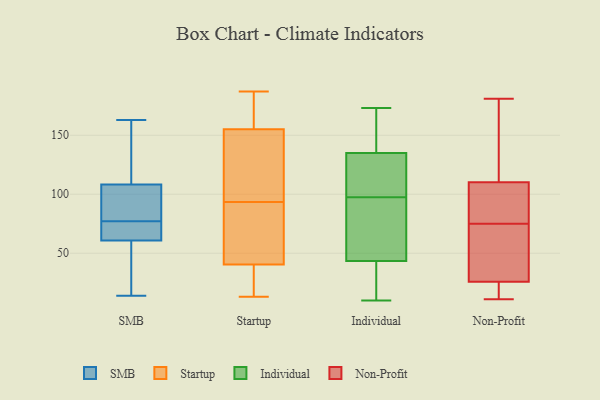
{"axis": {"x": "Inventory Turnover", "y": "Value"}, "legend": ["Individual", "Non-Profit", "SMB", "Startup"], "data": [{"x": "", "y": 114, "type": "SMB"}, {"x": "", "y": 73, "type": "SMB"}, {"x": "", "y": 17, "type": "SMB"}, {"x": "", "y": 77, "type": "SMB"}, {"x": "", "y": 82, "type": "SMB"}, {"x": "", "y": 14, "type": "SMB"}, {"x": "", "y": 151, "type": "SMB"}, {"x": "", "y": 72, "type": "SMB"}, {"x": "", "y": 56, "type": "SMB"}, {"x": "", "y": 163, "type": "SMB"}, {"x": "", "y": 69, "type": "SMB"}, {"x": "", "y": 91, "type": "SMB"}, {"x": "", "y": 161, "type": "SMB"}, {"x": "", "y": 80, "type": "SMB"}, {"x": "", "y": 58, "type": "SMB"}, {"x": "", "y": 107, "type": "Startup"}, {"x": "", "y": 187, "type": "Startup"}, {"x": "", "y": 78, "type": "Startup"}, {"x": "", "y": 31, "type": "Startup"}, {"x": "", "y": 156, "type": "Startup"}, {"x": "", "y": 154, "type": "Startup"}, {"x": "", "y": 67, "type": "Startup"}, {"x": "", "y": 134, "type": "Startup"}, {"x": "", "y": 150, "type": "Startup"}, {"x": "", "y": 81, "type": "Startup"}, {"x": "", "y": 92, "type": "Startup"}, {"x": "", "y": 22, "type": "Startup"}, {"x": "", "y": 95, "type": "Startup"}, {"x": "", "y": 50, "type": "Startup"}, {"x": "", "y": 13, "type": "Startup"}, {"x": "", "y": 17, "type": "Startup"}, {"x": "", "y": 171, "type": "Startup"}, {"x": "", "y": 184, "type": "Startup"}, {"x": "", "y": 13, "type": "Startup"}, {"x": "", "y": 168, "type": "Startup"}, {"x": "", "y": 91, "type": "Individual"}, {"x": "", "y": 69, "type": "Individual"}, {"x": "", "y": 23, "type": "Individual"}, {"x": "", "y": 164, "type": "Individual"}, {"x": "", "y": 10, "type": "Individual"}, {"x": "", "y": 144, "type": "Individual"}, {"x": "", "y": 69, "type": "Individual"}, {"x": "", "y": 122, "type": "Individual"}, {"x": "", "y": 105, "type": "Individual"}, {"x": "", "y": 54, "type": "Individual"}, {"x": "", "y": 33, "type": "Individual"}, {"x": "", "y": 166, "type": "Individual"}, {"x": "", "y": 126, "type": "Individual"}, {"x": "", "y": 32, "type": "Individual"}, {"x": "", "y": 173, "type": "Individual"}, {"x": "", "y": 104, "type": "Individual"}, {"x": "", "y": 176, "type": "Non-Profit"}, {"x": "", "y": 57, "type": "Non-Profit"}, {"x": "", "y": 95, "type": "Non-Profit"}, {"x": "", "y": 25, "type": "Non-Profit"}, {"x": "", "y": 11, "type": "Non-Profit"}, {"x": "", "y": 19, "type": "Non-Profit"}, {"x": "", "y": 73, "type": "Non-Profit"}, {"x": "", "y": 75, "type": "Non-Profit"}, {"x": "", "y": 110, "type": "Non-Profit"}, {"x": "", "y": 26, "type": "Non-Profit"}, {"x": "", "y": 86, "type": "Non-Profit"}, {"x": "", "y": 111, "type": "Non-Profit"}, {"x": "", "y": 181, "type": "Non-Profit"}]}